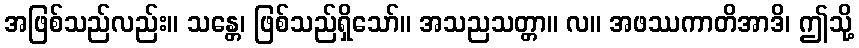
အဖြစ်သည်လည်း။ သန္တေ၊ ဖြစ်သည်ရှိသော်။ အသညသတ္တာ။ လ။ အဖဿကာတိအာဒိ၊ ဤသို့